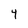
Character: 4